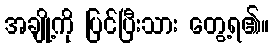
အချို့ကို ပြင်ပြီးသား တွေ့ရ၏။